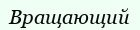
Вращающий